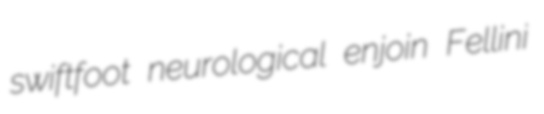
swiftfoot neurological enjoin Fellini